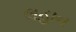
લહાન